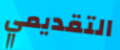
التقديمي